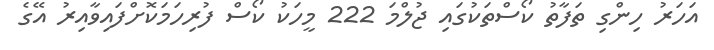
އަހަރު ހިންގި ތަފާތު ކޯސްތަކުގައި ޖުލްމަ 222 މީހަކު ކޯސް ފުރިހަމަކޮށްފައިވާއިރު އޭގެ